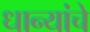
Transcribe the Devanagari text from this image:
धान्यांचे